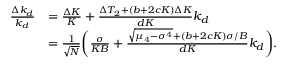
\begin{array} { r l } { \frac { \Delta k _ { d } } { k _ { d } } } & { = \frac { \Delta K } { K } + \frac { \Delta T _ { 2 } + ( b + 2 c K ) \Delta K } { d K } k _ { d } } \\ & { = \frac { 1 } { \sqrt { N } } \biggl ( \frac { \sigma } { K B } + \frac { \sqrt { \mu _ { 4 } - \sigma ^ { 4 } } + ( b + 2 c K ) \sigma / B } { d K } k _ { d } \biggr ) . } \end{array}